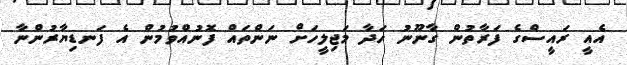
އެއީ ރައީސްގެ ފަރާތުން ގާނޫނު ހަދާ މަޖިލީހަށް ނަންތައް ފޮނުއްވުމުން އެ ފަނޑިޔާރުންނާ